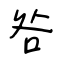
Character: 咎